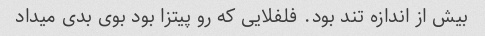
بیش از اندازه تند بود. فلفلایی که رو پیتزا بود بوی بدی میداد